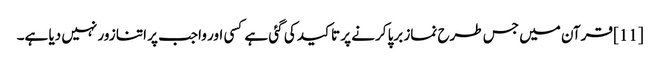
[11] قرآن میں جس طرح نماز برپا کرنے پر تاکید کی گئی ہے کسی اور واجب پر اتنا زور نہیں دیا ہے۔